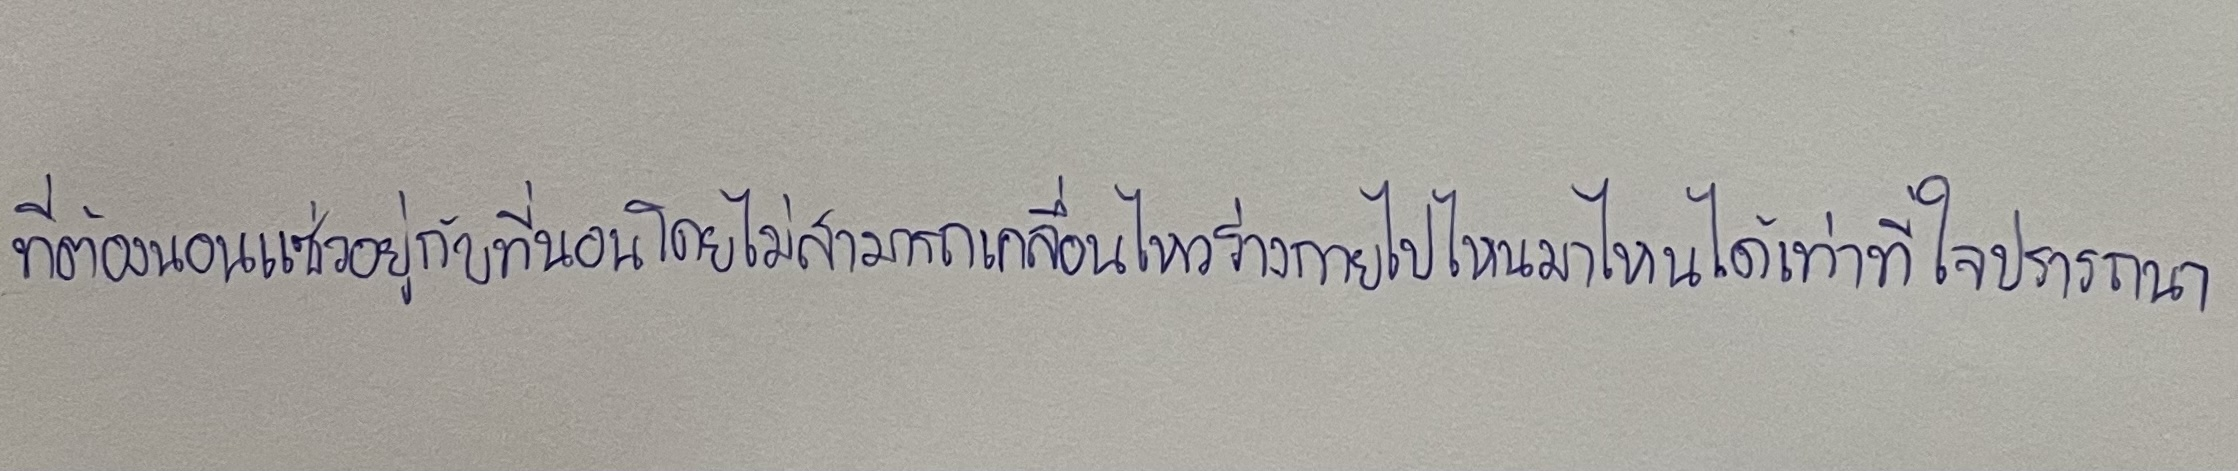
ที่ต้องนอนแซ่วอยู่กับที่นอนโดยไม่สามารถเคลื่อนไหวร่างกายไปไหนมาไหนได้เท่าที่ใจปรารถนา